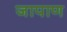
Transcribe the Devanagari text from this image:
जापाण